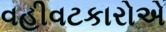
વહીવટકારોએ